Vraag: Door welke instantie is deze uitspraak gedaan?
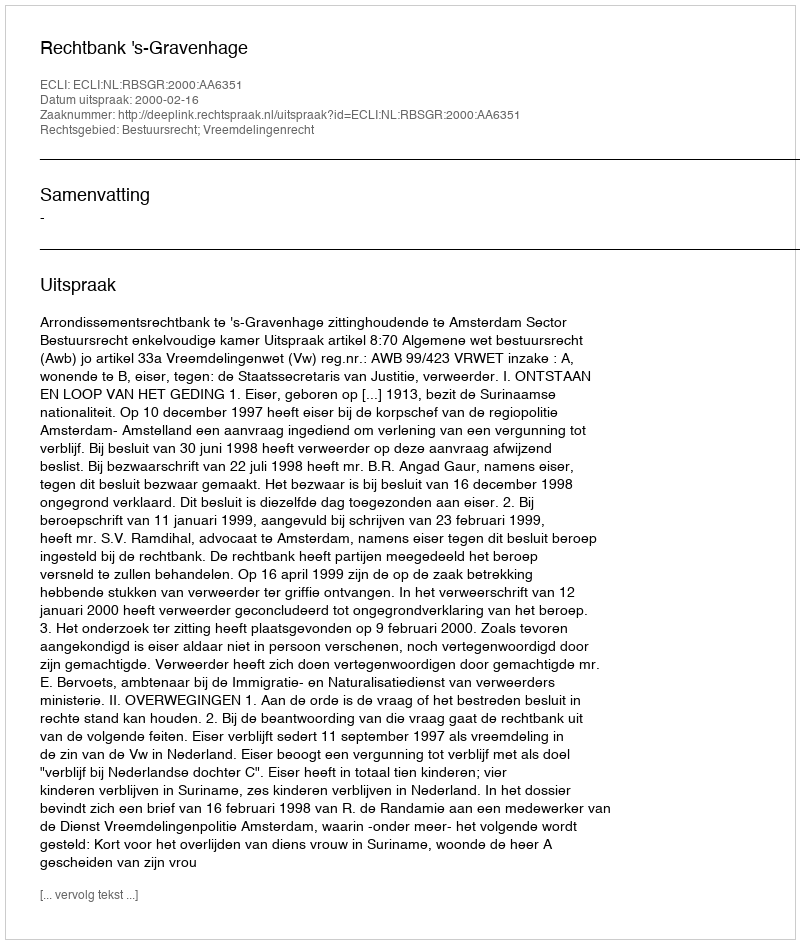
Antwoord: Rechtbank 's-Gravenhage